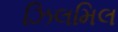
ઝિલમિલ